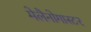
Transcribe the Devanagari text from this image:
मेलैनोगास्टर